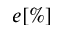
e [ \% ]